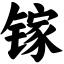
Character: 镓